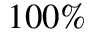
1 0 0 \%